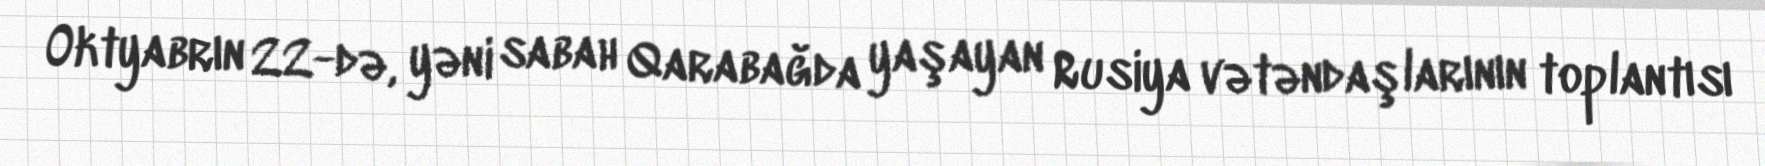
Oktyabrın 22-də, yəni sabah Qarabağda yaşayan Rusiya vətəndaşlarının toplantısı